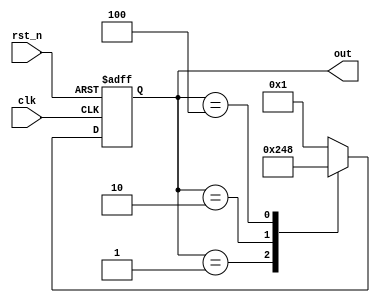
module RingCounter(
    input wire clk,
    input wire rst_n,
    output reg [3:0] out
);

reg [3:0] next_out;

always @(posedge clk or negedge rst_n) begin
    if (~rst_n) begin
        out <= 4'b0001;
    end else begin
        out <= next_out;
    end
end

always @(out) begin
    case(out)
        4'b0001: next_out = 4'b0010;
        4'b0010: next_out = 4'b0100;
        4'b0100: next_out = 4'b1000;
        4'b1000: next_out = 4'b0001;
        default: next_out = 4'b0001;
    endcase
end

endmodule